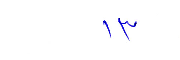
١٣